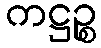
ကဋ္ဌဉ္စ